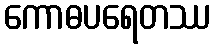
ကောဓပရေတဿ